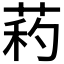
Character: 𦱜